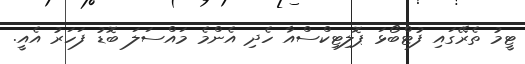
ޓީމު ތެރޭގައި ފުޓްބޯޅަ ޕޮލިޓިކްސްއާ ހެދި އެންމެ މައްސަލަ ބޮޑު ފަހަރު އެއީ.